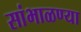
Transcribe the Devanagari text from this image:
सांभाळण्या